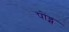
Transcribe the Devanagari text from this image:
पोंड्स